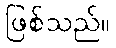
ဖြစ်သည်။